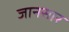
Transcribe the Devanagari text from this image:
जानसार